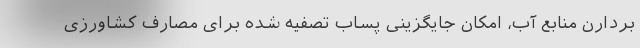
بردارن منابع آب، امکان جایگزینی پساب تصفیه شده برای مصارف کشاورزی